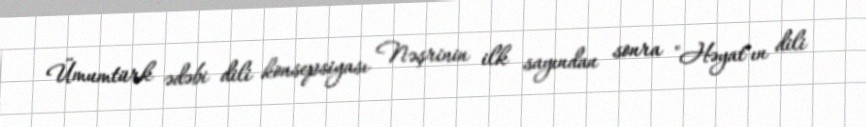
Ümumtürk ədəbi dili konsepsiyası Nəşrinin ilk sayından sonra "Həyat"ın dili